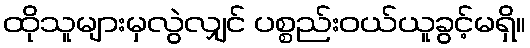
ထိုသူများမှလွဲလျှင် ပစ္စည်းဝယ်ယူခွင့်မရှိ။